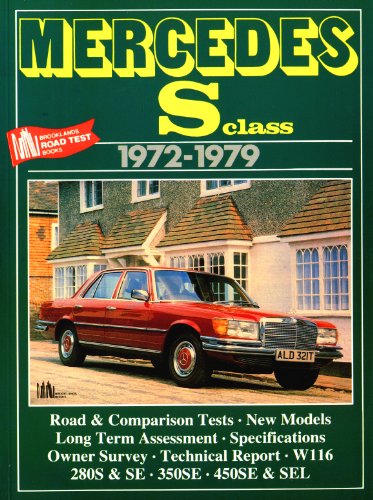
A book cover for Mercedes Sclass: 1972-1979 (Brooklands Road Test Books); R.M. Clarke; Engineering & Transportation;